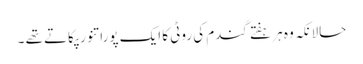
حالانکہ وہ ہر ہفتے گندم کی روٹی کا ایک پورا تنور پکاتے تھے ۔